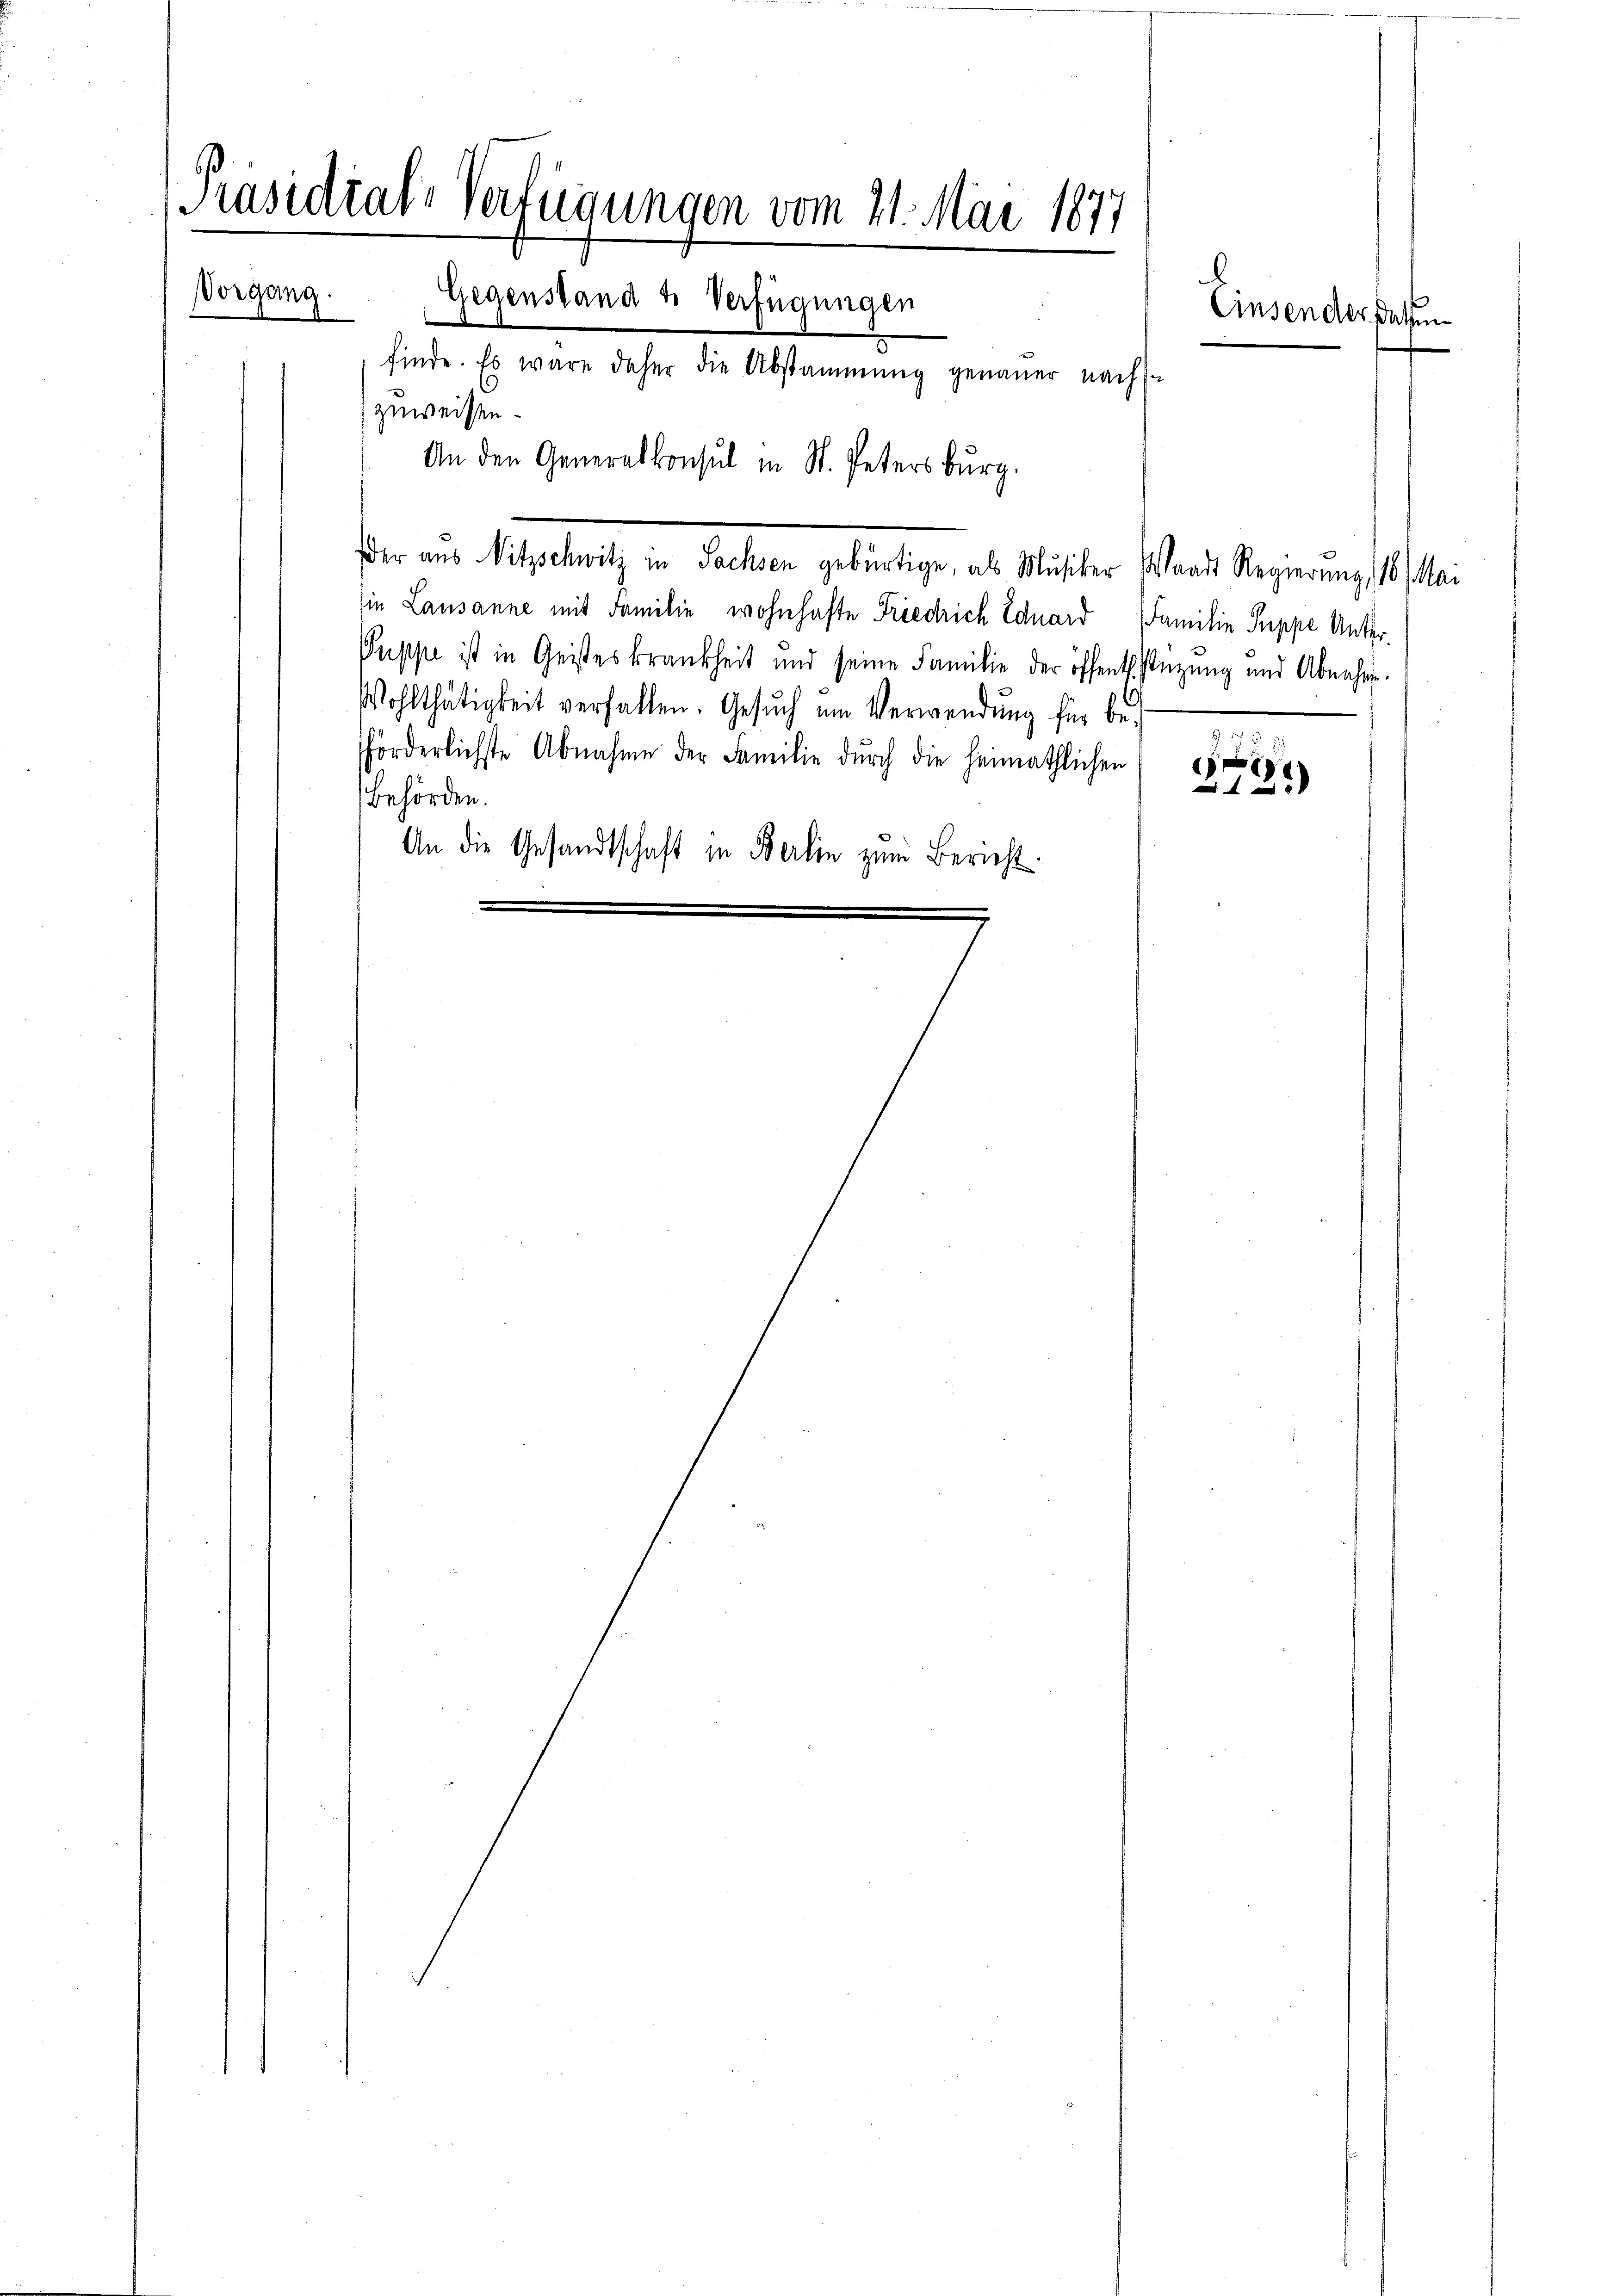
Präsidial-Verfügungen vom 21. Mai 1877
Vorgang.
Gegenstand u Verfügungen
Einsender Paten
finde. Es wäre daher die Abstammung genauer nach
zuweisen.
An den Generalkonsul in St. Petersburg.

ie Lausanne mit Familie wohnhafte Friedrich Eduard Familie Puppe Unter¬
Puppe ist in Geisteskrankheit und seine Familie der öffentlichenzung und Abnahme.
Wohlthätigkeit verfallen. Gesŭch um Verwendŭng für beförderlichste Abnahme der Familie dŭrch die heimathlichen (1884
Behörden.
An die Gesandtschaft in Berlin zum Bericht.

Eder aus Witzschwitz in Sachsen gebürtige, als Musiker Waadt Regierung, 18 Mai